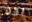
لكن